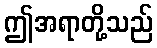
ဤအရာတို့သည်